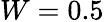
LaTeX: W=0.5